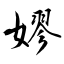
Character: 嫪